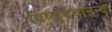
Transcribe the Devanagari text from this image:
विष्णुदेवानन्द